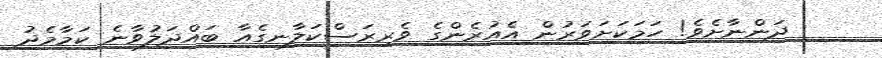
ދަންނާށެވެ! ހަމަކަށަވަރުން އެއުރެންގެ ވެރިރަސްކަލާނގެއާ ބައްދަލުވާނެ ކަމާމެދު